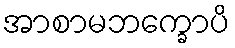
အာစာမဘက္ခောပိ